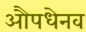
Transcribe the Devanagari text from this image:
औपधेनव